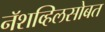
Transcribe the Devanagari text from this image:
नॅशव्हिलसोबत